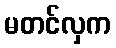
မတင်လှက